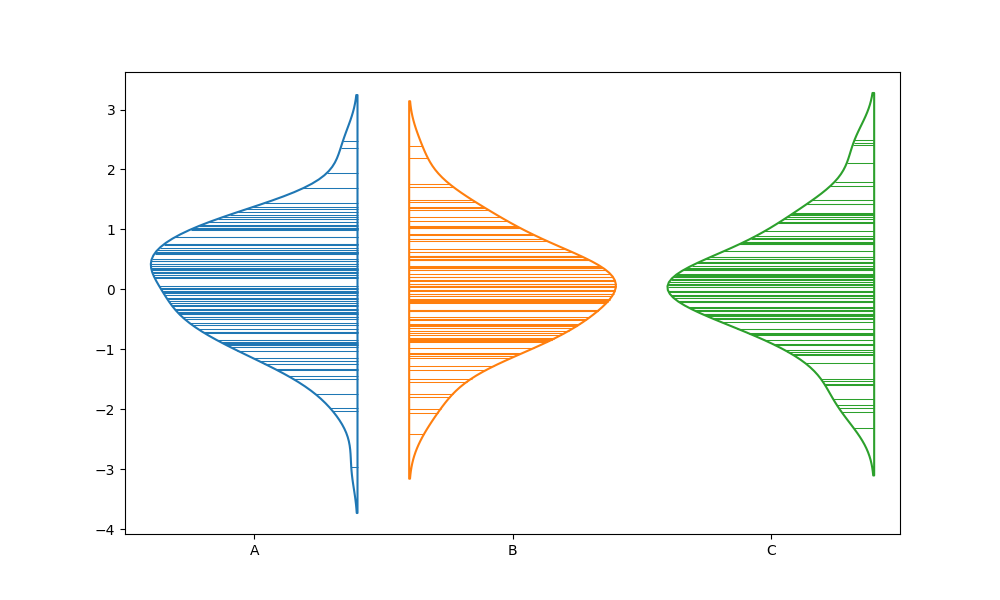
python, seaborn, violinplot, scale='width', split='True', inner='stick', fill='False'